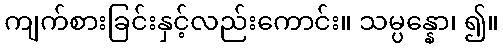
ကျက်စားခြင်းနှင့်လည်းကောင်း။ သမ္ပန္နော၊ ၍။